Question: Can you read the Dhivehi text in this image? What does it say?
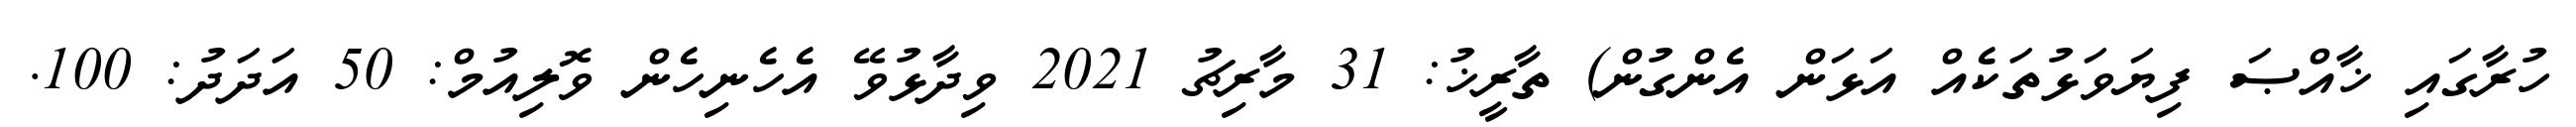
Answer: ހުރާގައި ޚާއްޞަ ފިޔަވަޅުތަކެއް އަޅަން އެންގުން) ތާރީޚު: 31 މާރިޗު 2021 ވިދާޅުވޭ އެހެނިހެން ވޮލިއުމް: 50 އަދަދު: 100.